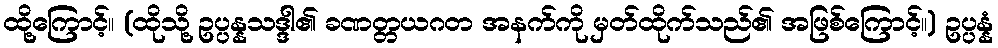
ထို့ကြောင့်။ (ထိုသို့ ဥပ္ပန္နသဒ္ဒါ၏ ခဏတ္တယဂတ အနက်ကို မှတ်ထိုက်သည်၏ အဖြစ်ကြောင့်။) ဥပ္ပန္နံ